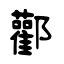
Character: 酄